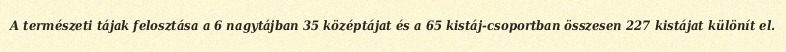
A természeti tájak felosztása a 6 nagytájban 35 középtájat és a 65 kistáj-csoportban összesen 227 kistájat különít el.